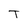
Character: T